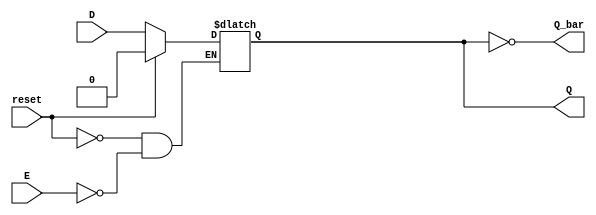
module latch_register (
    input wire D,        // Data input
    input wire E,        // Enable signal
    input wire reset,    // Reset signal for initializing the latch
    output reg Q,        // Output Q
    output wire Q_bar    // Complement of the output Q
);

    assign Q_bar = ~Q; // Complement output

    // Asynchronous reset and data capture
    always @(*) begin
        if (reset) begin
            Q <= 1'b0;  // Initialize Q to 0 on reset
        end else if (E) begin
            Q <= D;     // Capture D when Enable is high
        end
    end

endmodule